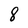
Character: 8